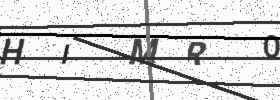
Text: HIMRO